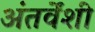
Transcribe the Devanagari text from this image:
अंतर्वेंशी